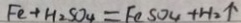
F e + H _ { 2 } S O _ { 4 } = F e S O _ { 4 } + H _ { 2 } \uparrow